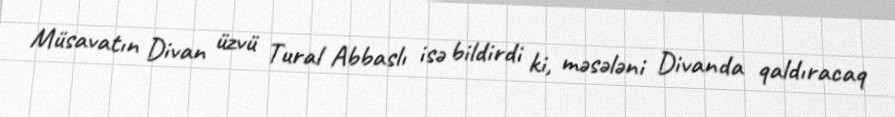
Müsavatın Divan üzvü Tural Abbaslı isə bildirdi ki, məsələni Divanda qaldıracaq